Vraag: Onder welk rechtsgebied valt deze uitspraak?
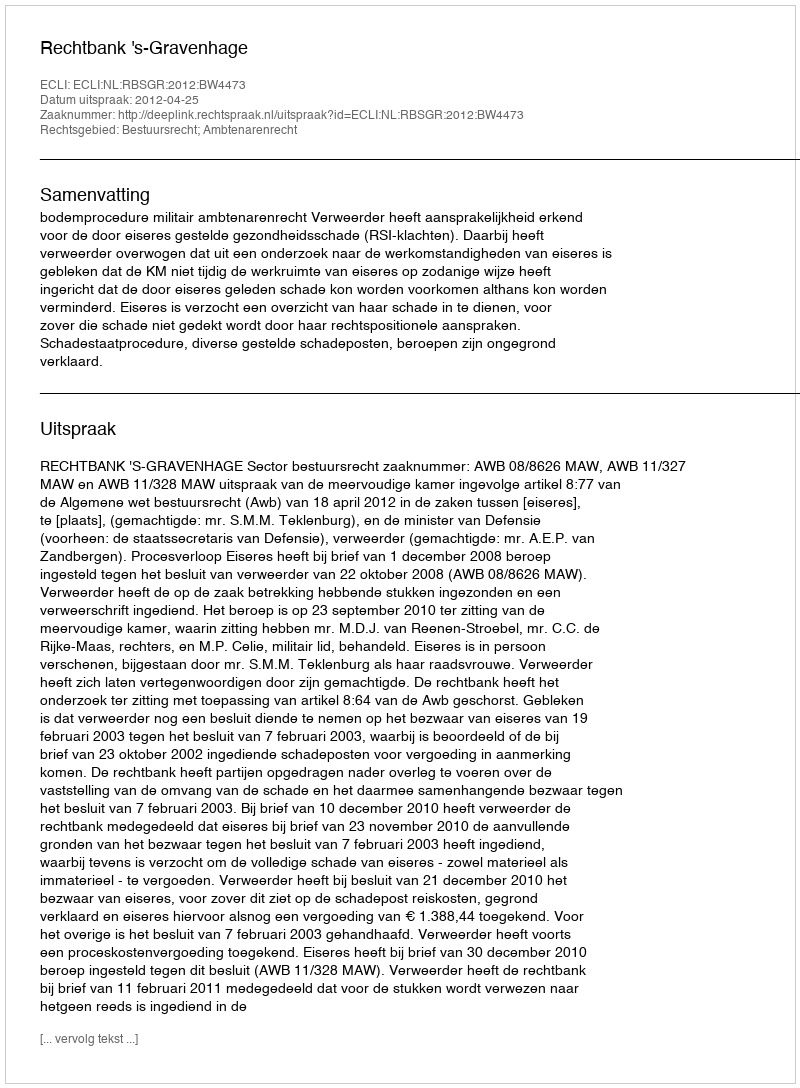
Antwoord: Bestuursrecht; Ambtenarenrecht